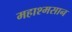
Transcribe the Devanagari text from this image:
महाश्मसान